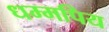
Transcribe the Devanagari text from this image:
धम्मपिय